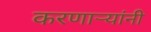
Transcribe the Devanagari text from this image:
करणार्‍यांनी